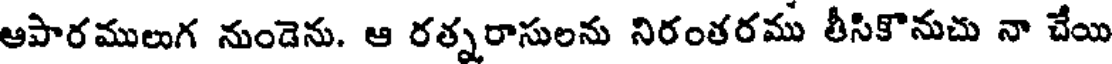
ఆపారములుగ నుండెను. ఆ రత్నరాసులను నిరంతరము తీసికొనుచు నా చేయి